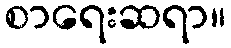
စာရေးဆရာ။